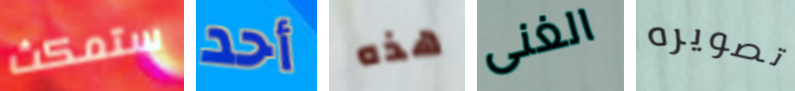
ستمكث أحد هذه الغنى تصويره